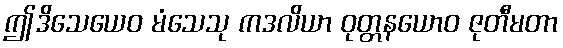
ဤဒိသေယေဝ မံသေသု ကဒလိယာ ဝုတ္တနယောဝ ဇုတီမတာ